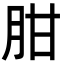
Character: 𦚕